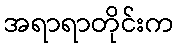
အရာရာတိုင်းက